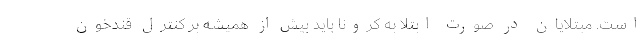
است. مبتلایان در صورت ابتلا به کرونا باید بیش از همیشه بر کنترل قندخون